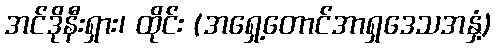
အင်ဒိုနီးရှား၊ ထိုင်း (အရှေ့တောင်အာရှဒေသအနှံ့)